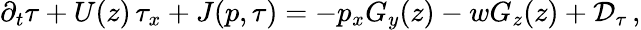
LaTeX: \partial_{t}\tau+U(z)\, \tau_{x}+J(p,\tau)=-p_{x}G_{y}(z)-wG_{z}(z)+{\cal D}_{\tau}\, ,